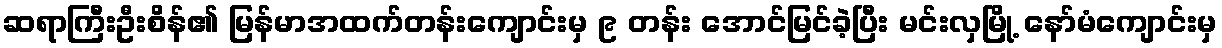
ဆရာကြီးဦးစိန်၏ မြန်မာအထက်တန်းကျောင်းမှ ၉ တန်း အောင်မြင်ခဲ့ပြီး မင်းလှမြို့ နော်မံကျောင်းမှ